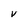
Character: V